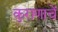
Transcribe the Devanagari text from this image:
कुराणाचें